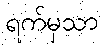
ရက်မှသာ